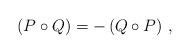
LaTeX: \begin{align*}\left ( P \circ Q \right ) = - \left ( Q \circ P \right ) \, ,\end{align*}